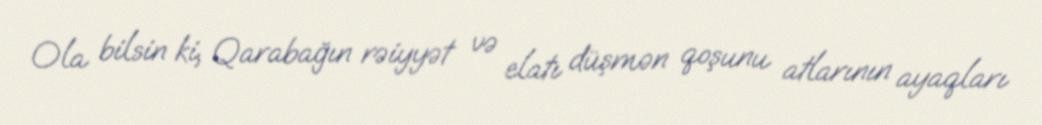
Ola bilsin ki, Qarabağın rəiyyət və elatı düşmən qoşunu atlarının ayaqları